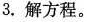
3.解方程。